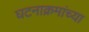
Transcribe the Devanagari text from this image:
घटनाक्रमांच्या